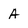
Character: A